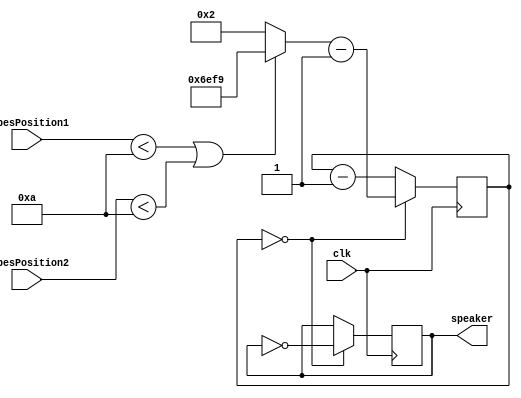
`timescale 1ns / 1ps
//////////////////////////////////////////////////////////////////////////////////
// Company: 
// Engineer: 
// 
// Design Name: 
// Module Name:    Sound 
// Project Name: 
// Target Devices: 
// Tool versions: 
// Description: 
//
// Dependencies: 
//
// Revision: 
// Revision 0.01 - File Created
// Additional Comments: 
//
//////////////////////////////////////////////////////////////////////////////////
module Sound(
input clk,input [15:0] PipesPosition1,input [15:0] PipesPosition2,
output reg speaker
);
reg [25:0] clkdivider;

//parameter clkdivider = 25000000/440/2;
always @ (PipesPosition1 or PipesPosition2)
if (PipesPosition1 < 10 || PipesPosition2 < 10) clkdivider <= 25000000/440/2;
else clkdivider <= 2;

reg [14:0] counter;
always @(posedge clk) if(counter==0) counter <= clkdivider-1; else counter <= counter-1;


always @(posedge clk) if(counter==0) speaker <= ~speaker;
endmodule